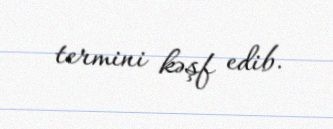
termini kəşf edib.